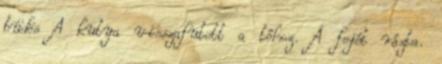
büdös A kutya visszafutott a tóhoz. A fejét rázta.